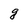
Character: g